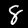
Label: 8